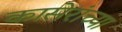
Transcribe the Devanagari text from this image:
कासेरांच्या